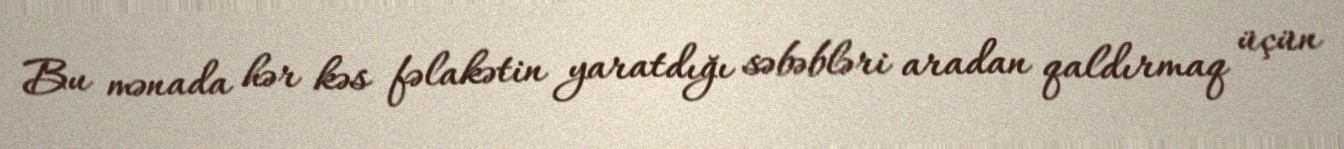
Bu mənada hər kəs fəlakətin yaratdığı səbəbləri aradan qaldırmaq üçün